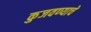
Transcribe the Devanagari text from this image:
कुजवण्याचे